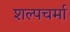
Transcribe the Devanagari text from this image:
शल्पचर्मा